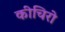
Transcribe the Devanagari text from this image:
कीचिरो